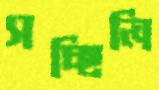
সচ্ছিলি